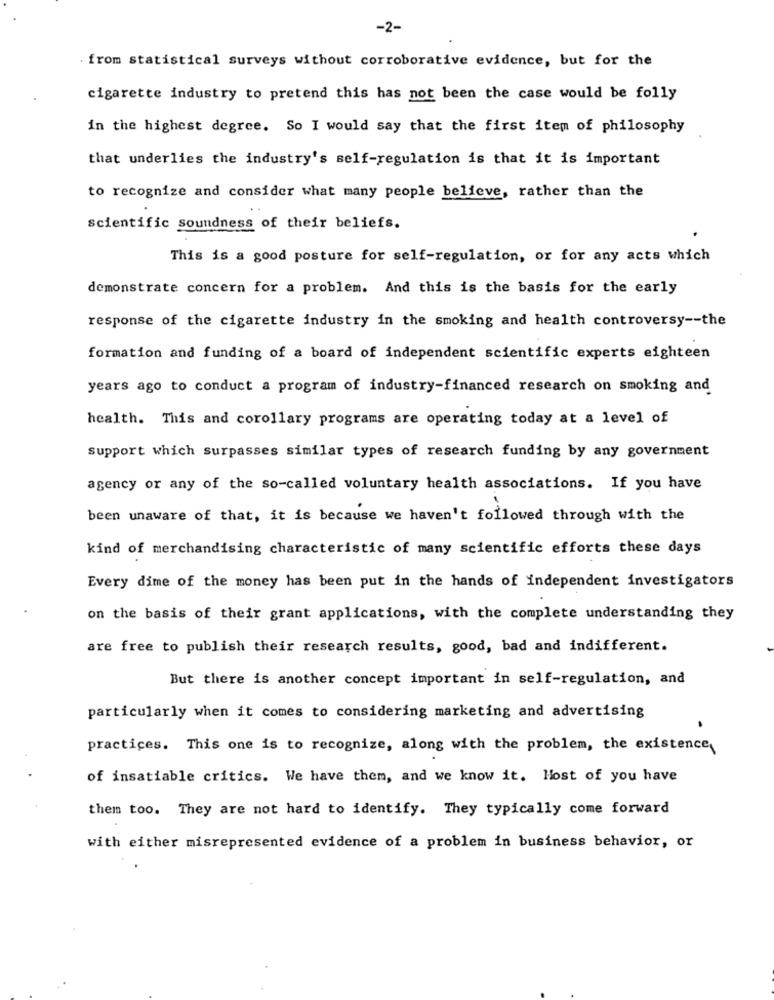
-2-
. from statistical surveys without corroborative evidence, but for the
cigarette industry to pretend this has not been the case would be folly
in the highest degree. So I would say that the first item of philosophy
that underlies the industry's self-regulation is that it is important
to recognize and consider what many people believe, rather than the
scientific soundness of their beliefs.
This is a good posture for self-regulation, or for any acts which
demonstrate concern for a problem. And this is the basis for the early
response of the cigarette industry in the smoking and health controversy -- the
formation and funding of a board of independent scientific experts eighteen
years ago to conduct a program of industry-financed research on smoking and
health. This and corollary programs are operating today at a level of
support which surpasses similar types of research funding by any government
agency or any of the so-called voluntary health associations. If you have
been unaware of that, it is because we haven't followed through with the
kind of merchandising characteristic of many scientific efforts these days
Every dime of the money has been put in the hands of independent investigators
on the basis of their grant applications, with the complete understanding they
are free to publish their research results, good, bad and indifferent.
But there is another concept important in self-regulation, and
particularly when it comes to considering marketing and advertising
practices. This one is to recognize, along with the problem, the existence,
of insatiable critics. We have them, and we know it. Host of you have
them too. They are not hard to identify. They typically come forward
with either misrepresented evidence of a problem in business behavior, or